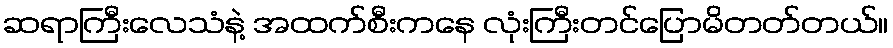
ဆရာကြီးလေသံနဲ့ အထက်စီးကနေ လုံးကြီးတင်ပြောမိတတ်တယ်။